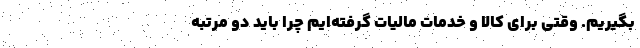
بگیریم. وقتی برای کالا و خدمات مالیات گرفته‌ایم چرا باید دو مرتبه